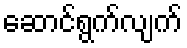
ဆောင်ရွက်လျက်